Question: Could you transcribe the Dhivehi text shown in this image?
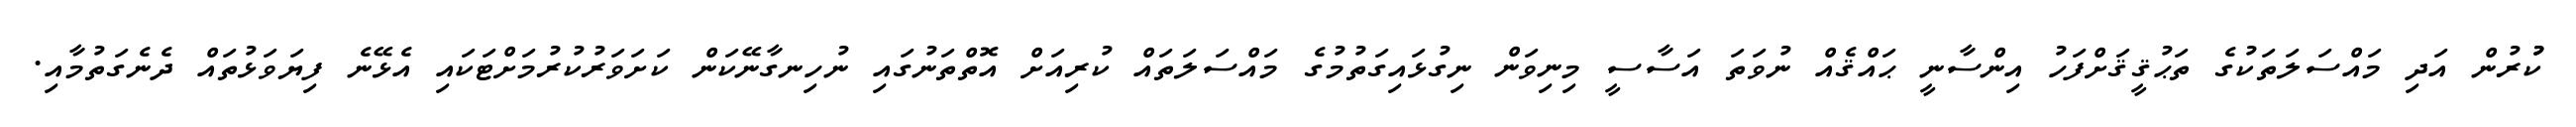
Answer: ކުުރުން އަދި މައްސަލަތަކުގެ ތަޙުޤީޤަށްފަހު އިންސާނީ ޙައްޤެއް ނުވަތަ އަސާސީ މިނިވަން ނިގުޅައިގަތުމުގެ މައްސަލަތައް ކުރިއަށް އޮތްތަނުގައި ނުހިނގާނޭކަން ކަށަވަރުކުރުމަށްޓަކައި އެޅޭނެ ފިޔަވަޅުތައް ދެނެގަތުމާއި.